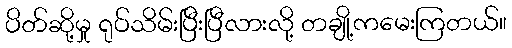
ပိတ်ဆို့မှု ရုပ်သိမ်းပြီးပြီလားလို့ တချို့ကမေးကြတယ်။